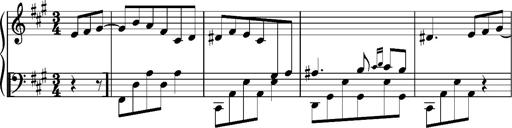
Title: Album-Leaf, S.166s
Composer: Franz Liszt
Key: F-sharp minor